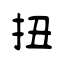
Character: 扭